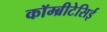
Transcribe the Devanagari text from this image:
कॉम्ब्रीटेसिई